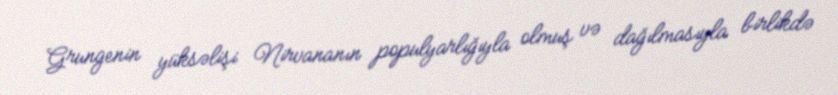
Grungenin yüksəlişi Nirvananın populyarlığıyla olmuş və dağılmasıyla birlikdə